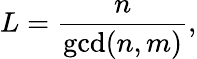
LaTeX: L=\frac{n}{\operatorname*{gcd}(n,m)},